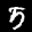
Label: 5